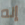
إنه